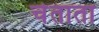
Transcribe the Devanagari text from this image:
चेताता